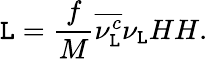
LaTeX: {\cal\mathtt{L}}={\frac{{f}}{{M}}}\overline{{{{\nu_{\mathtt{L}}^{c}}}}}\nu_{\mathtt{L}}HH.